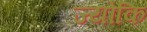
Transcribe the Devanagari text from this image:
ज्योकि